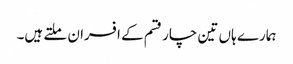
ہمارے ہاں تین چار قسم کے افسران ملتے ہیں۔